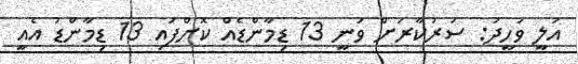
އަލީ ވަހީދު: ސަރުކާރަށް ވަނީ 13 ޑިމާންޑެއް ކޮށްފައި 13 ޑިމާންޑު އެއީ